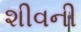
શીવની